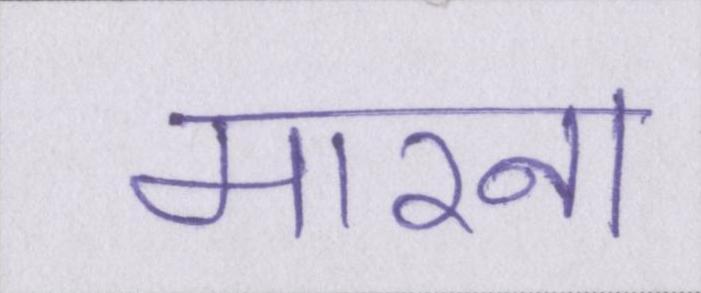
मारना